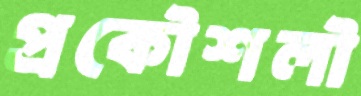
প্রকৌশলৗ